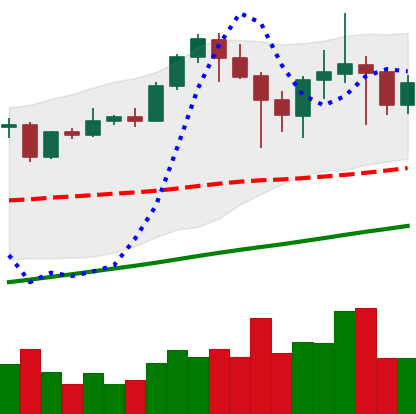
Ticker: ETH-USD
Chart end date: 2021-04-25
Forward return: 19.738%
Label: up_7plus